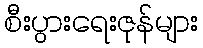
စီးပွားရေးဇုန်များ